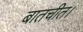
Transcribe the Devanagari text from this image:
बातचीत।